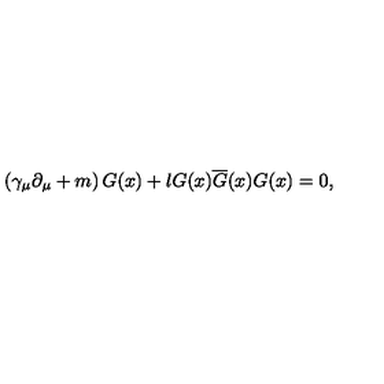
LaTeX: \left( \gamma _ { \mu } \partial _ { \mu } + m \right) G ( x ) + l G ( x ) \overline { { G } } ( x ) G ( x ) = 0 ,